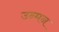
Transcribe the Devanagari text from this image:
उन्मन